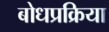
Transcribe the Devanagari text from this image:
बोधप्रक्रिया